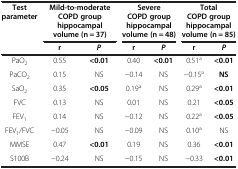
<table><thead><tr><td><b>Test parameter</b></td><td colspan="2"><b>Mild-to-moderate COPD group hippocampal volume (n = 37)</b></td><td colspan="2"><b>Severe COPD group hippocampal volume (n = 48)</b></td><td colspan="2"><b>Total COPD group hippocampal volume (n = 85)</b></td></tr><tr><td><b> </b></td><td><b>r</b></td><td><b><i>P</i></b></td><td><b>r</b></td><td><b><i>P</i></b></td><td><b>r</b></td><td><b><i>P</i></b></td></tr></thead><tbody><tr><td>PaO<sub>2</sub></td><td>0.55</td><td><b>&lt;0.01</b></td><td>0.40</td><td><b>&lt;0.01</b></td><td>0.51<sup>a</sup></td><td><b>&lt;0.01</b></td></tr><tr><td>PaCO<sub>2</sub></td><td>0.15</td><td>NS</td><td>−0.14</td><td>NS</td><td>−0.15<sup>a</sup></td><td><b>NS</b></td></tr><tr><td>SaO<sub>2</sub></td><td>0.35</td><td><b>&lt;0.05</b></td><td>0.19<sup>a</sup></td><td>NS</td><td>0.29<sup>a</sup></td><td><b>&lt;0.01</b></td></tr><tr><td>FVC</td><td>0.13</td><td>NS</td><td>0.01</td><td>NS</td><td>0.21</td><td><b>&lt;0.05</b></td></tr><tr><td>FEV<sub>1</sub></td><td>0.14</td><td>NS</td><td>−0.12</td><td>NS</td><td>0.22<sup>a</sup></td><td><b>&lt;0.05</b></td></tr><tr><td>FEV<sub>1</sub>/FVC</td><td>−0.05</td><td>NS</td><td>−0.09</td><td>NS</td><td>0.10<sup>a</sup></td><td>NS</td></tr><tr><td>MMSE</td><td>0.47</td><td><b>&lt;0.01</b></td><td>0.19</td><td>NS</td><td>0.36</td><td><b>&lt;0.01</b></td></tr><tr><td>S100B</td><td>−0.24</td><td>NS</td><td>−0.15</td><td>NS</td><td>−0.33</td><td><b>&lt;0.01</b></td></tr></tbody></table>